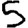
Digit: 5